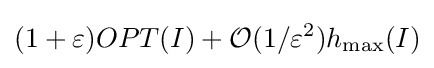
(1+\varepsilon )OPT(I)+{\mathcal {O}}(1/\varepsilon ^{2})h_{\max }(I)